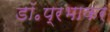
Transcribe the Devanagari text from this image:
डॉ॰प्रभाकर